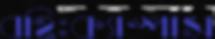
বহিঃক্যাম্পাস